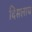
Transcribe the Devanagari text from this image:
दिसलाच